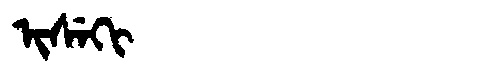
Manchu: ᡳᠰᡝᡴᡳ
Romanization: ISEKI